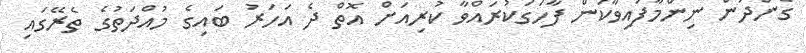
ގެންދަން ނިންމާފައިވާކަން ފާހަގަކުރައްވާ ކުރިއަށް އޮތް ދެ އަހަރު ބައިގެ މުއްދަތުގެ ތެރޭގައި